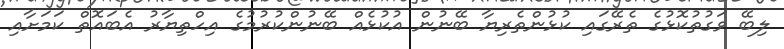
ލިބޭ ވަގުތުކޮޅުގެ ތެރޭގައި ކުޅުންތެރިޔާ ބޭނުން އުކުޅެއް ބޭނުންކުރުމުގެ އިހްތިޔާރު އެބައޮތް ކަމަށާއި